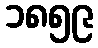
၁၈၅၉